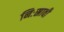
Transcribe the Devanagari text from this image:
निःस्रावी